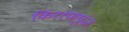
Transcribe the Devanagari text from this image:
किररणपुंज